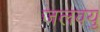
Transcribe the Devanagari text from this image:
जलवयु